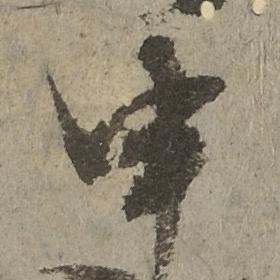
申